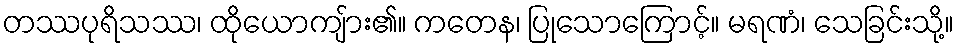
တဿပုရိသဿ၊ ထိုယောကျ်ား၏။ ကတေန၊ ပြုသောကြောင့်။ မရဏံ၊ သေခြင်းသို့။